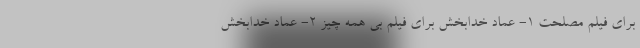
برای فیلم مصلحت 1- عماد خدابخش برای فیلم بی همه چیز 2- عماد خدابخش